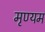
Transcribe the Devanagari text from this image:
मृण्यम